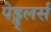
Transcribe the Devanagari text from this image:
पेड्ड्लर्स